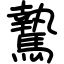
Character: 騺